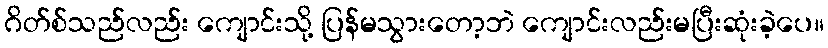
ဂိတ်စ်သည်လည်း ကျောင်းသို့ ပြန်မသွားတော့ဘဲ ကျောင်းလည်းမပြီးဆုံးခဲ့ပေ။